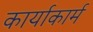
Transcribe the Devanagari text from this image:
कार्याकार्म